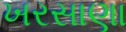
ખરસાણા